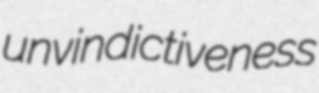
unvindictiveness